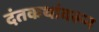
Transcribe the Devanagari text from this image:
दंतकथांवरून